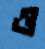
ও